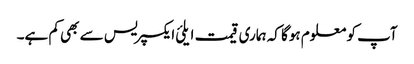
آپ کو معلوم ہوگا کہ ہماری قیمت ایلئ ایکسپریس سے بھی کم ہے۔